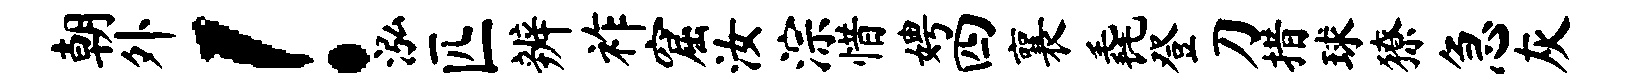
朝外！泓匹辨祚窟汝淙惜娉四襄毳登刀措球獠急灰